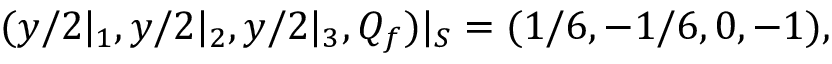
( y / 2 | _ { 1 } , y / 2 | _ { 2 } , y / 2 | _ { 3 } , Q _ { f } ) | _ { S } = ( 1 / 6 , - 1 / 6 , 0 , - 1 ) ,